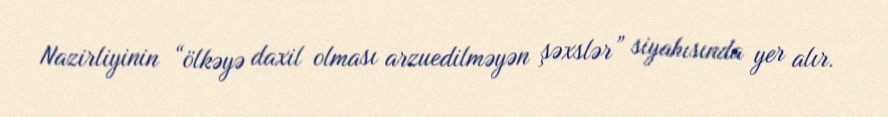
Nazirliyinin “ölkəyə daxil olması arzuedilməyən şəxslər” siyahısında yer alır.